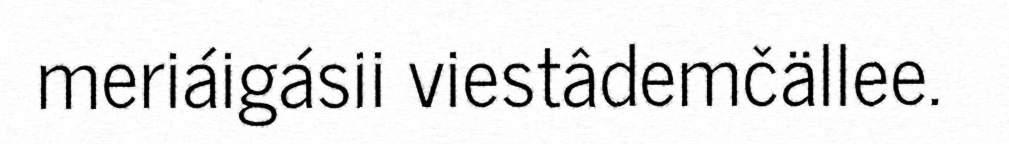
meriáigásii viestâdemčällee.